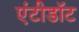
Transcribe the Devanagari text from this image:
एंटीडाॅट